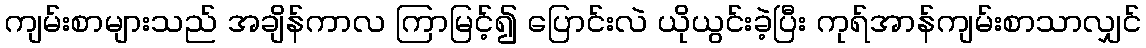
ကျမ်းစာများသည် အချိန်ကာလ ကြာမြင့်၍ ပြောင်းလဲ ယိုယွင်းခဲ့ပြီး ကုရ်အာန်ကျမ်းစာသာလျှင်